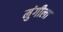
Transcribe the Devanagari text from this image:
मुंगीला